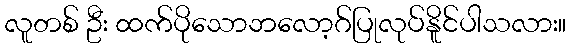
လူတစ် ဦး ထက်ပိုသောဘလော့ဂ်ပြုလုပ်နိူင်ပါသလား။